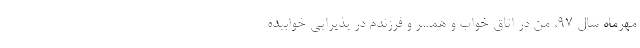
مهرماه سال ۹۷، من در اتاق خواب و همسر و فرزندم در پذیرایی خوابیده